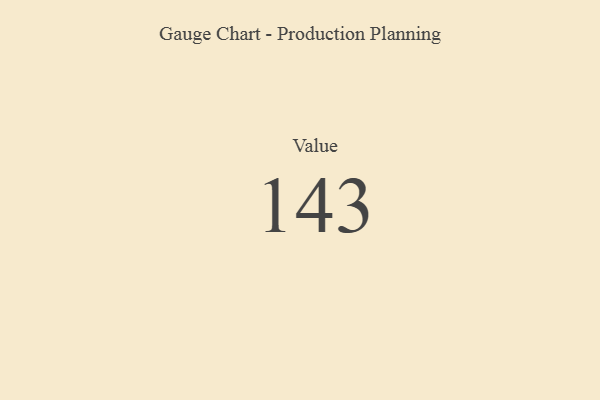
{"axis": {"x": "Metric", "y": "Value"}, "legend": [""], "data": [{"x": "Value", "y": 143, "type": ""}]}